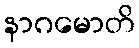
နာဂမောတိ